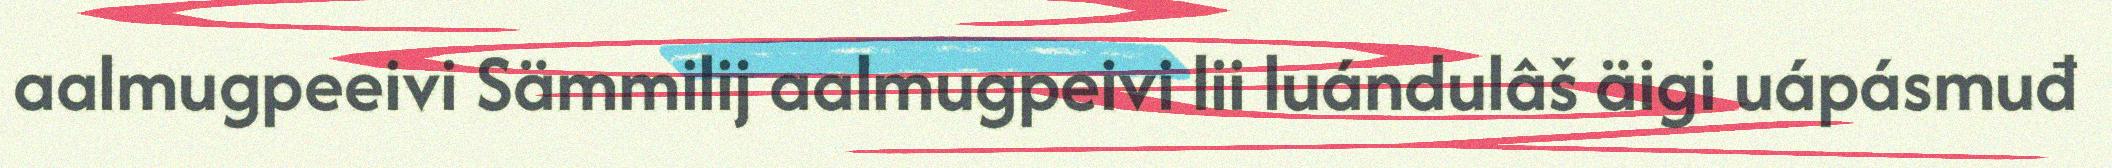
aalmugpeeivi Sämmilij aalmugpeivi lii luándulâš äigi uápásmuđ